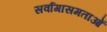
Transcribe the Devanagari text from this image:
सर्वागासमताओं